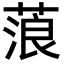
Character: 蒗